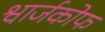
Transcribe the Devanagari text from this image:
श्वार्जकोफ